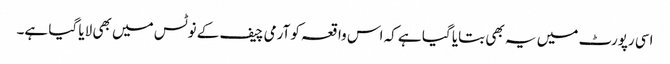
اسی رپورٹ میں یہ بھی بتایا گیا ہے کہ اس واقعہ کو آرمی چیف کے نوٹس میں بھی لایا گیا ہے۔